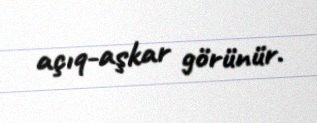
açıq-aşkar görünür.